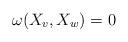
LaTeX: \begin{align*}\omega(X_v,X_w)=0\end{align*}